Rangoon Lunatic Asylum 1878-1892 - 1878-1892
Year: 1878
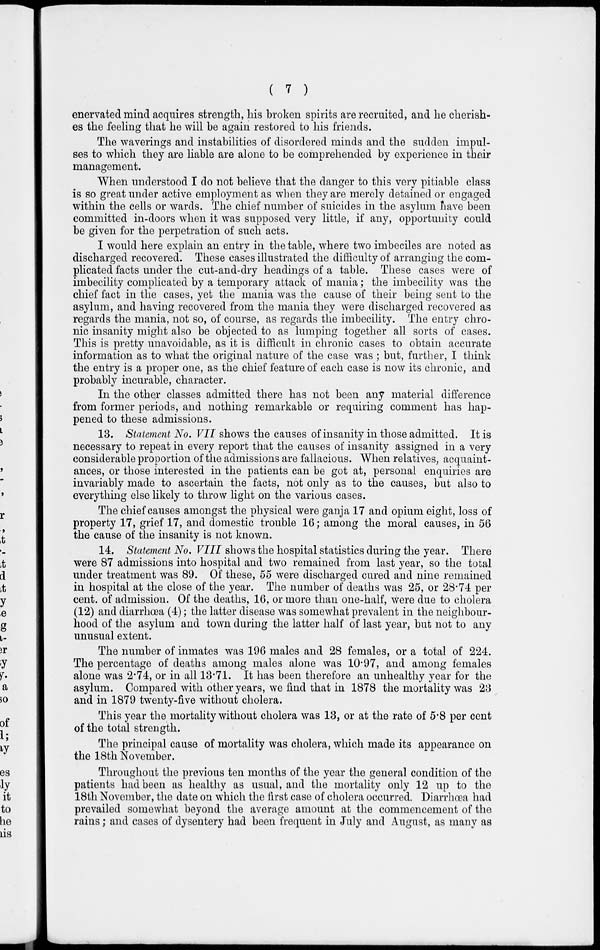
( 7 )
enervated mind acquires strength, his broken spirits are recruited, and he cherish-
es the feeling that he will be again restored to his friends.
The waverings and instabilities of disordered minds and the sudden impul-
ses to which they are liable are alone to be comprehended by experience in their
management.
When understood I do not believe that the danger to this very pitiable class
is so great under active employment as when they are merely detained or engaged
within the cells or wards. The chief number of suicides in the asylum have been
committed in-doors when it was supposed very little, if any, opportunity could
be given for the perpetration of such acts.
I would here explain an entry in the table, where two imbeciles are noted as
discharged recovered. These cases illustrated the difficulty of arranging the com-
plicated facts under the cut-and-dry headings of a table. These cases were of
imbecility complicated by a temporary attack of mania; the imbecility was the
chief fact in the cases, yet the mania was the cause of their being sent to the
asylum, and having recovered from the mania they were discharged recovered as
regards the mania, not so, of course, as regards the imbecility. The entry chro-
nic insanity might also be objected to as lumping together all sorts of cases.
This is pretty unavoidable, as it is difficult in chronic cases to obtain accurate
information as to what the original nature of the case was ; but, further, I think
the entry is a proper one, as the chief feature of each case is now its chronic, and
probably incurable, character.
In the other classes admitted there has not been any material difference
from former periods, and nothing remarkable or requiring comment has hap-
pened to these admissions.
13. Statement No. VII shows the causes of insanity in those admitted. It is
necessary to repeat in every report that the causes of insanity assigned in a very
considerable proportion of the admissions are fallacious. When relatives, acquaint-
ances, or those interested in the patients can be got at, personal enquiries are
invariably made to ascertain the facts, not only as to the causes, but also to
everything else likely to throw light on the various cases.
The chief causes amongst the physical were ganja 17 and opium eight, loss of
property 17, grief 17, and domestic trouble 16; among the moral causes, in 56
the cause of the insanity is not known.
14. Statement No. VIII shows the hospital statistics during the year. There
were 87 admissions into hospital and two remained from last year, so the total
under treatment was 89. Of these, 55 were discharged cured and nine remained
in hospital at the close of the year. The number of deaths was 25, or 28.74 per
cent. of admission. Of the deaths, 16, or more than one-half, were due to cholera
(12) and diarrhœa (4); the latter disease was somewhat prevalent in the neighbour-
hood of the asylum and town during the latter half of last year, but not to any
unusual extent.
The number of inmates was 196 males and 28 females, or a total of 224.
The percentage of deaths among males alone was 10.97, and among females
alone was 2.74, or in all 13.71. It has been therefore an unhealthy year for the
asylum. Compared with other years, we find that in 1878 the mortality was 23
and in 1879 twenty-five without cholera.
This year the mortality without cholera was 13, or at the rate of 5.8 per cent
of the total strength.
The principal cause of mortality was cholera, which made its appearance on
the 18th November.
Throughout the previous ten months of the year the general condition of the
patients had been as healthy as usual, and the mortality only 12 up to the
18th November, the date on which the first case of cholera occurred. Diarrhœa had
prevailed somewhat beyond the average amount at the commencement of the
rains; and cases of dysentery had been frequent in July and August, as many as